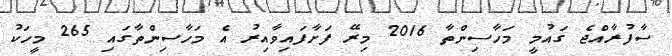
ސާފުރާއްޖެ ގައުމީ މަހާސިންތާ 2016 މިރޭ ފަށާފައިވާއިރު އެ މަހާސިންތާގައި 265 މީހަކު